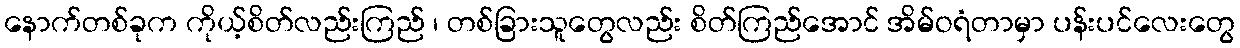
နောက်တစ်ခုက ကိုယ့်စိတ်လည်းကြည် ၊ တစ်ခြားသူတွေလည်း စိတ်ကြည်အောင် အိမ်ဝရံတာမှာ ပန်းပင်လေးတွေ